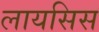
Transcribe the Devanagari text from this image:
लायसिस